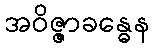
အဝိဇ္ဇာခန္ဓေန